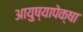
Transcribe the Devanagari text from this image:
आयुष्यापेक्षा